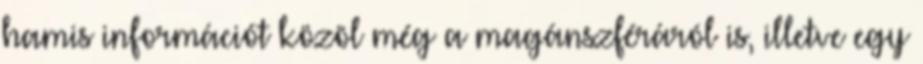
hamis információt közöl még a magánszféráról is, illetve egy